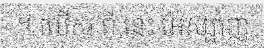
។ លើស ពី នេះ អេស្ប៉ាញ